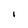
Character: I